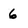
Character: 6